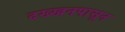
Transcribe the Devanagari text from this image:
दख्खनपासून